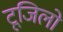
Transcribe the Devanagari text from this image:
टूजिलो